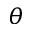
\theta